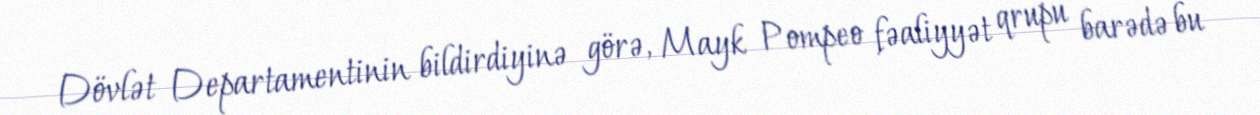
Dövlət Departamentinin bildirdiyinə görə, Mayk Pompeo fəaliyyət qrupu barədə bu